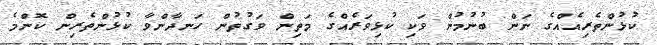
ކުޅުންތެރިއެއްގެ ނަން ބުނުމުން ވަކި ކުޅިވަރެއްގެ މަތިން ވަގުތުން ހަނދާންވާ ކުޅުންތެރިން ކޮންމެ